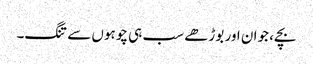
بچے، جوان اور بوڑھے سب ہی چوہوں سے تنگ۔